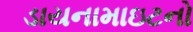
ડાયનામાઇટનો